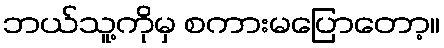
ဘယ်သူ့ကိုမှ စကားမပြောတော့။